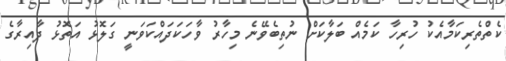
ކެތްތެރިކަމާއެކު ހުރިހާ ކަމެއް ބަލާކަށް ނުތިބެވޭނެ މިހާރު ވާހަކަދައްކަވަނީ ގަލޮޅު އަތޮޅު ދާއިރާގެ